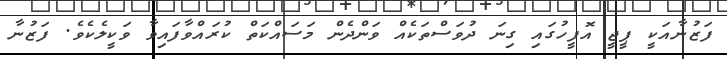
ފަޒުނާއަކީ ޕީޖީ އޮފީހުގައި ގިނަ ދުވަސްތަކެއް ވަންދެން މަސައްކަތް ކުރައްވާފައިވާ ވަކީލެކެވެ. ފަޒުނާ